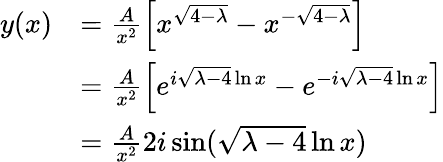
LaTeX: \begin{array}{rl}{y(x)}&{=\frac{A}{x^{2}}\left[x^{\sqrt{4-\lambda}}-x^{-\sqrt{4-\lambda}}\right]}\\ &{=\frac{A}{x^{2}}\left[e^{i\sqrt{\lambda-4}\ln x}-e^{-i\sqrt{\lambda-4}\ln x}\right]}\\ &{=\frac{A}{x^{2}}2i\sin(\sqrt{\lambda-4}\ln x)}\end{array}